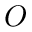
O